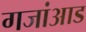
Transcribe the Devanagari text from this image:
गजांआड